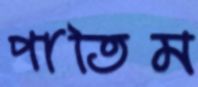
পাতিম